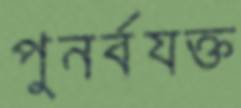
পুনর্বযক্ত